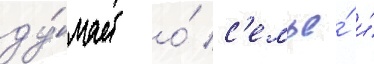
ду́мает о́ с'емье́ и́